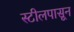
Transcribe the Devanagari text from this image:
स्टीलपासून